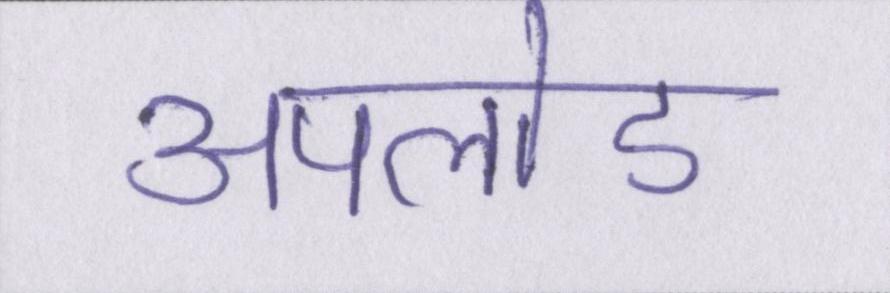
अपलोड